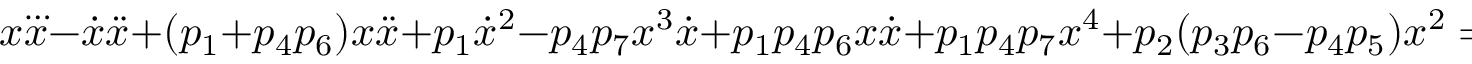
x \dddot { x } - \dot { x } \ddot { x } + ( p _ { 1 } + p _ { 4 } p _ { 6 } ) x \ddot { x } + p _ { 1 } \dot { x } ^ { 2 } - p _ { 4 } p _ { 7 } x ^ { 3 } \dot { x } + p _ { 1 } p _ { 4 } p _ { 6 } x \dot { x } + p _ { 1 } p _ { 4 } p _ { 7 } x ^ { 4 } + p _ { 2 } ( p _ { 3 } p _ { 6 } - p _ { 4 } p _ { 5 } ) x ^ { 2 } = 0 .